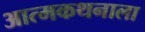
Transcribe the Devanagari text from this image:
आत्मकथनाला